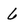
Character: 6